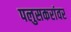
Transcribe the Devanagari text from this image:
पलुसकरांवर